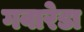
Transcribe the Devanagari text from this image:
गवारेडा